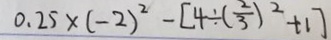
0 . 2 5 \times ( - 2 ) ^ { 2 } - [ 4 \div ( \frac { 2 } { 3 } ) ^ { 2 } + 1 ]